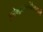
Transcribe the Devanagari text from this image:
इलेक्ट्रोएनसेफेलोग्राफी